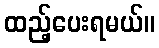
ထည့်ပေးရမယ်။